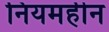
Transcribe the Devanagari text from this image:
नियमहीन